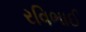
રવિભાઈ